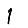
Digit: 1